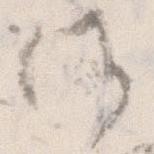
候